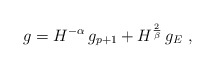
\begin{align*}g = H^{-\alpha}\,g_{p+1} + H^{\frac2\beta} \,g_E~,\end{align*}